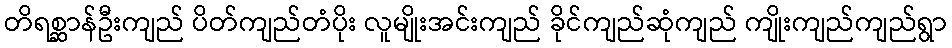
တိရစ္ဆာန်ဦးကျည် ပိတ်ကျည်တံပိုး လူမျိုးအင်းကျည် ခိုင်ကျည်ဆုံကျည် ကျိုးကျည်ကျည်ရွာ